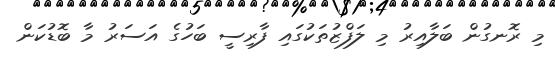
މި ރޮނގުން ބަލާއިރު މި ލަފްޒުތަކުގައި ފާރިސީ ބަހުގެ އަސަރު މާ ބޮޑުކަން